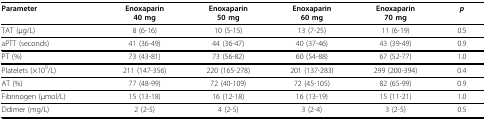
| Parameter | Enoxaparin40 mg | Enoxaparin50 mg | Enoxaparin60 mg | Enoxaparin70 mg | p |
 | --- | --- | --- | --- | --- | --- |
 | TAT (μg/L) | 8 (6-16) | 10 (5-15) | 13 (7-25) | 11 (6-19) | 0.5 |
 | aPTT (seconds) | 41 (36-49) | 44 (36-47) | 40 (37-46) | 43 (39-49) | 0.9 |
 | PT (%) | 73 (43-81) | 73 (56-82) | 60 (54-88) | 67 (52-77) | 1.0 |
 | Platelets (×109/L) | 211 (147-356) | 220 (165-278) | 201 (137-283) | 299 (200-394) | 0.4 |
 | AT (%) | 77 (48-99) | 72 (40-109) | 72 (45-105) | 82 (65-99) | 0.9 |
 | Fibrinogen (μmol/L) | 15 (13-18) | 16 (12-18) | 16 (13-19) | 15 (11-21) | 1.0 |
 | Ddimer (mg/L) | 2 (2-5) | 4 (2-5) | 3 (2-4) | 3 (2-5) | 0.5 |